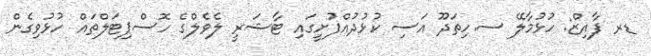
ޑރ ފާއިޒް: ހުޅުމާލޭ ސ.ހިތަދޫ އަސި ކުޅުދުއްފުށީގައި ޓާޝަރީ ލެވެލްގެ ހޮސްޕިޓަލްތައް ހުޅުވިގެން